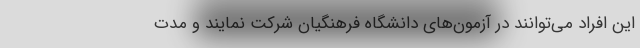
این افراد می‌توانند در آزمون‌های دانشگاه فرهنگیان شرکت نمایند و مدت